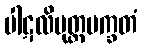
ပါဋလိပုတ္တမက္ခတံ